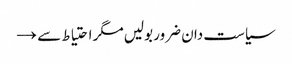
سیاست دان ضرور بولیں مگر احتیاط سے →